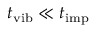
t _ { \mathrm { v i b } } \ll t _ { \mathrm { i m p } }